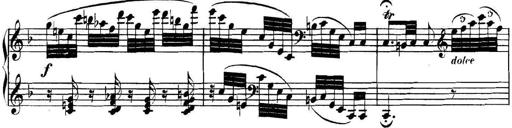
Title: Collected Piano Sonatas
Composer: Muzio Clementi